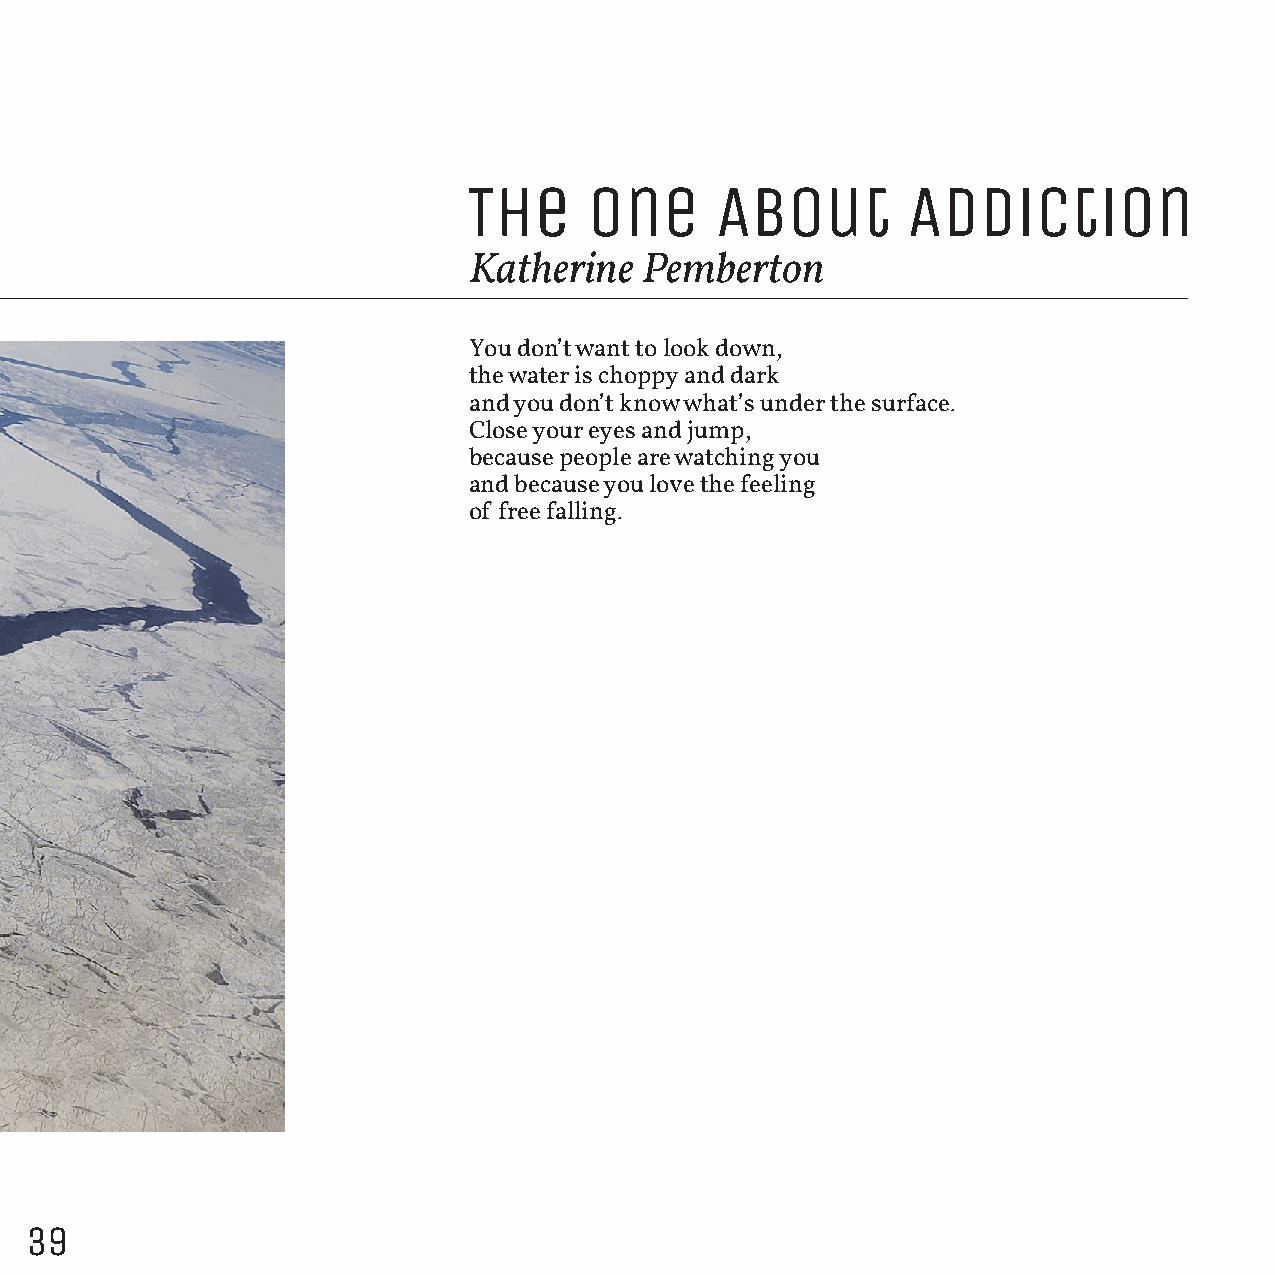
The     One     About        Addiction
 Katherine   Pemberton
 You don’t want to look down,
 the water is choppy and dark
 and you don’t know what’s under the surface.
 Close your eyes and jump,
 because people are watching you
 and because you love the feeling
 of free falling.
 39